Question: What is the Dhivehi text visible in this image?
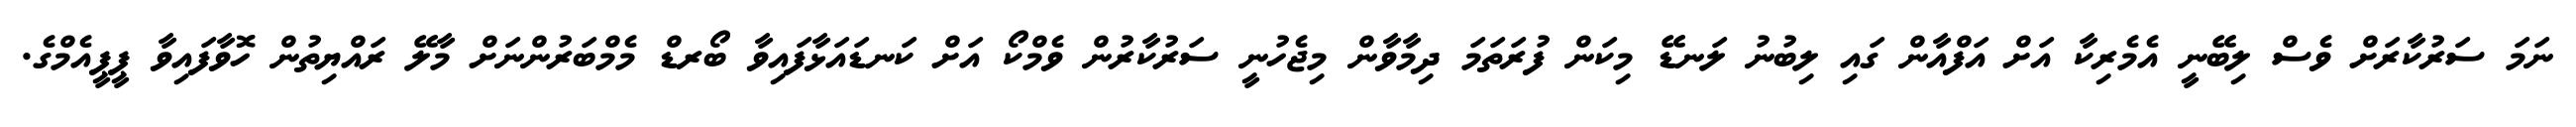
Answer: ނަމަ ސަރުކާރަށް ވެސް ލިބޭނީ އެމެރިކާ އަށް އަފްއާން ގައި ލިބުނު ލަނޑޭ މިކަން ފުރަތަމަ ދިމާވާން މިޖެހުނީ ސަރުކާރުން ވެމްކޯ އަށް ކަނޑައަޅާފައިވާ ބޯރޑް މެމްބަރުންނަށް މާލޭ ރައްޔިތުން ހޮވާފައިވާ ޕީޕީއެމްގެ.